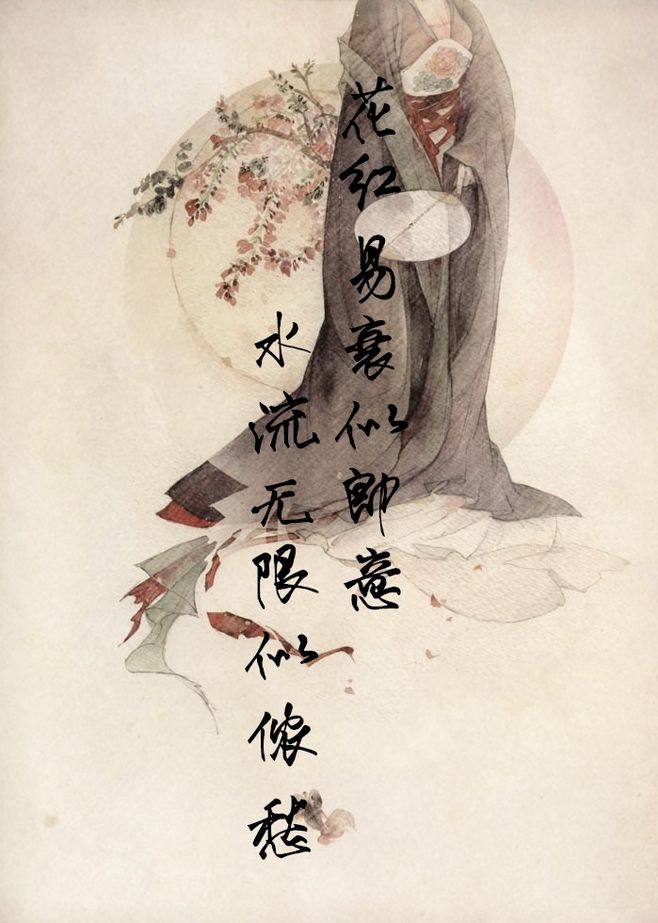
花红易衰似郎意，水流无限似侬愁。